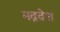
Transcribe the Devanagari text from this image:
मद्रदेश